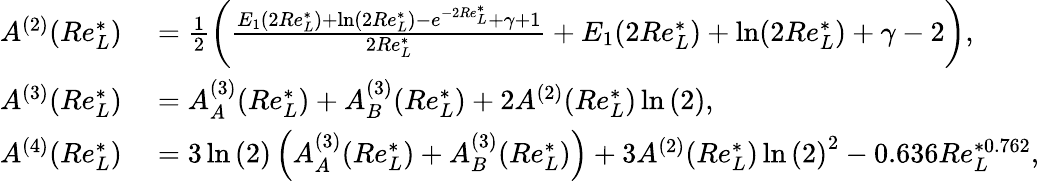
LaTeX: \begin{array}{rl}{A^{(2)}(Re_{L}^{*})}&{{}=\frac{1}{2}\left(\frac{E_{1}(2Re_{L}^{*})+\ln(2Re_{L}^{*})-e^{-2Re_{L}^{*}}+\gamma+1}{2Re_{L}^{*}}+E_{1}(2Re_{L}^{*})+\ln(2Re_{L}^{*})+\gamma-2\right),}\\ {A^{(3)}(Re_{L}^{*})}&{{}=A_{A}^{(3)}(Re_{L}^{*})+A_{B}^{(3)}(Re_{L}^{*})+2A^{(2)}(Re_{L}^{*})\ln{(2)},}\\ {A^{(4)}(Re_{L}^{*})}&{{}=3\ln{(2)}\left(A_{A}^{(3)}(Re_{L}^{*})+A_{B}^{(3)}(Re_{L}^{*})\right)+3A^{(2)}(Re_{L}^{*})\ln{(2)}^{2}-0.636Re_{L}^{*0.762},}\end{array}